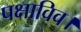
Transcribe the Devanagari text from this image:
पक्षाविव।